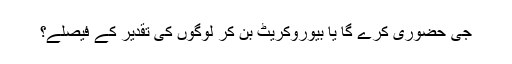
جی حضوری کرے گا یا بیوروکریٹ بن کر لوگوں کی تقدیر کے فیصلے؟